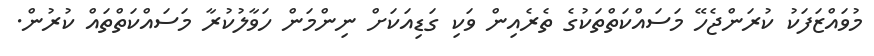
މުވައްޒަފަކު ކުރަންޖެހޭ މަސައްކަތްތަކުގެ ތެރެއިން ވަކި ގަޑިއަކަށް ނިންމަން ހަވާލުކުރާ މަސައްކަތްތައް ކުރުން.